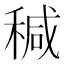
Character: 𥠆